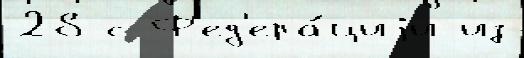
28 с Ф'ед'ера́циjи из